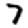
Digit: 7